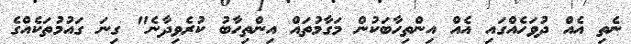
ނެތި އެއް ދުވަހެއްގައި އެއް އިންތިހާބަކުން މަގާމުތައް އިންތިހާބު ކުރެވިދާނެ" ގިނަ ގައުމުތަކެއްގެ